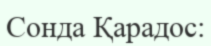
Сонда Қарадос: